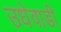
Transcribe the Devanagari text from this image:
उधेवाडी